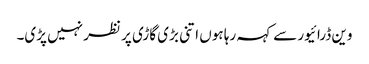
وین ڈرائیور سے کہہ رہا ہوں اتنی بڑی گاڑی پر نظر نہیں پڑی۔